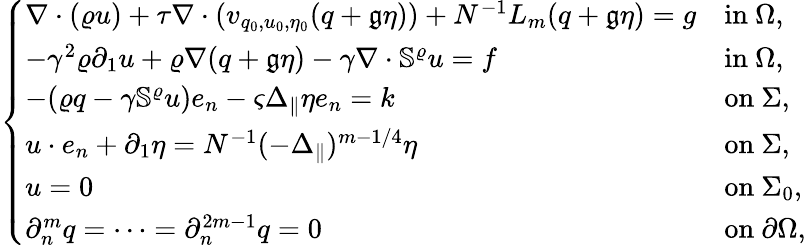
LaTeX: \left\{ \begin{array}{ll}{\nabla\cdot(\varrho u)+\tau\nabla\cdot(v_{q_{0},u_{0},\eta_{0}}(q+\mathfrak{g}\eta))+N^{-1}L_{m}(q+\mathfrak{g}\eta)=g}&{\mathrm{in~}\Omega,}\\ {-\gamma^{2}\varrho\partial_{1}u+\varrho\nabla(q+\mathfrak{g}\eta)-\gamma\nabla\cdot\mathbb{S}^{\varrho}u=f}&{\mathrm{in~}\Omega,}\\ {-(\varrho q-\gamma\mathbb{S}^{\varrho}u)e_{n}-\varsigma\Delta_{\| }\eta e_{n}=k}&{\mathrm{on~}\Sigma,}\\ {u\cdot e_{n}+\partial_{1}\eta=N^{-1}(-\Delta_{\| })^{m-1/4}\eta}&{\mathrm{on~}\Sigma,}\\ {u=0}&{\mathrm{on~}\Sigma_{0},}\\ {\partial_{n}^{m}q=\cdots=\partial_{n}^{2m-1}q=0}&{\mathrm{on~}\partial\Omega,}\end{array}\right.